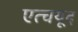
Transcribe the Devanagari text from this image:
एत्चयूद